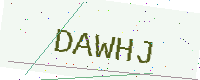
Text: DAWHJ